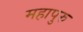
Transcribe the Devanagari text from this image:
महापुरु